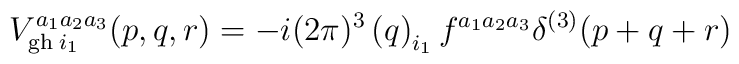
V_{\mathrm{gh\thinspace }i _1}^{a_1a_2a_3}(p,q,r)=-i(2\pi )^3\left(q\right) _{i_1}f^{a_1a_2a_3}\delta ^{(3)}(p+q+r)